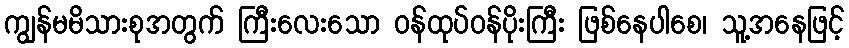
ကျွန်မမိသားစုအတွက် ကြီးလေးသော ဝန်ထုပ်ဝန်ပိုးကြီး ဖြစ်နေပါစေ၊ သူ့အနေဖြင့်